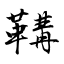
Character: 鞲